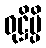
ဝုဋ္ဌိမ္ပိ